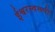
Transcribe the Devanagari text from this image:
ईश्वरस्वरूपी